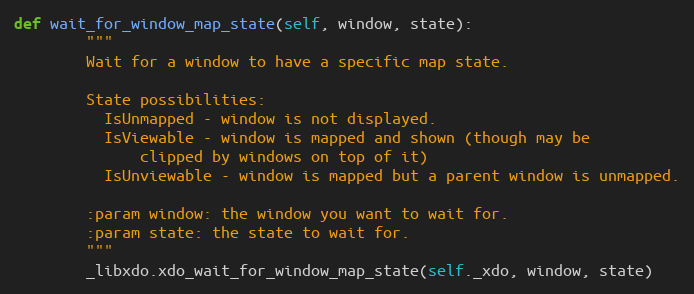
Language: Python
def wait_for_window_map_state(self, window, state):
        """
        Wait for a window to have a specific map state.

        State possibilities:
          IsUnmapped - window is not displayed.
          IsViewable - window is mapped and shown (though may be
              clipped by windows on top of it)
          IsUnviewable - window is mapped but a parent window is unmapped.

        :param window: the window you want to wait for.
        :param state: the state to wait for.
        """
        _libxdo.xdo_wait_for_window_map_state(self._xdo, window, state)